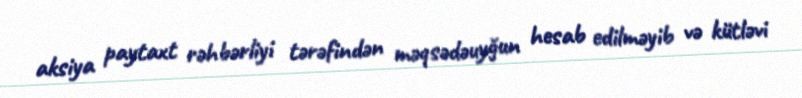
aksiya paytaxt rəhbərliyi tərəfindən məqsədəuyğun hesab edilməyib və kütləvi